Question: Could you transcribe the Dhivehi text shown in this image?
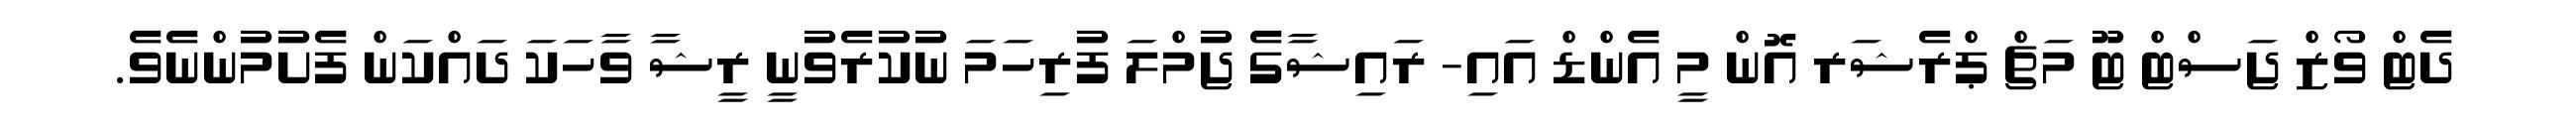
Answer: ދެޓް ވޯޒް ޖަސްޓް ޓޫ މަޗް ޕްރެޝަރ އޮން މީ އެންޑް އައި- ރައިޝާގެ ޖުމްލަ ފުރިހަމަ ނުކުރެވުނީ ރީޝާ ވާހަކަ ދައްކަން ފެށުމުންނެވެ.